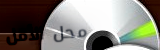
محل الأمل